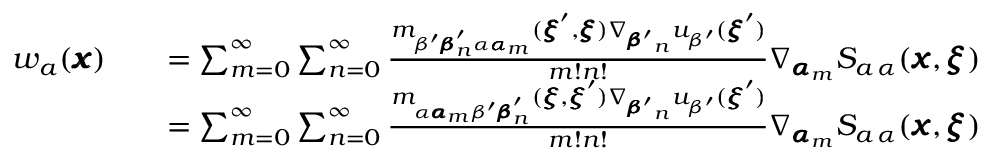
\begin{array} { r l r } { w _ { a } ( { \pmb x } ) } & { } & { = \sum _ { m = 0 } ^ { \infty } \sum _ { n = 0 } ^ { \infty } \frac { m _ { \beta ^ { \prime } { \pmb \beta } _ { n } ^ { \prime } \alpha { \pmb \alpha } _ { m } } ( { \pmb \xi } ^ { \prime } , { \pmb \xi } ) \nabla _ { { \pmb \beta ^ { \prime } } _ { n } } u _ { \beta ^ { \prime } } ( { \pmb \xi } ^ { \prime } ) } { m ! n ! } \nabla _ { { \pmb \alpha } _ { m } } S _ { a \, \alpha } ( { \pmb x } , { \pmb \xi } ) } \\ & { } & { = \sum _ { m = 0 } ^ { \infty } \sum _ { n = 0 } ^ { \infty } \frac { m _ { \alpha { \pmb \alpha } _ { m } \beta ^ { \prime } { \pmb \beta } _ { n } ^ { \prime } } ( { \pmb \xi } , { \pmb \xi } ^ { \prime } ) \nabla _ { { \pmb \beta ^ { \prime } } _ { n } } u _ { \beta ^ { \prime } } ( { \pmb \xi } ^ { \prime } ) } { m ! n ! } \nabla _ { { \pmb \alpha } _ { m } } S _ { a \, \alpha } ( { \pmb x } , { \pmb \xi } ) } \end{array}